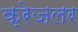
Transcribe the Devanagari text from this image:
क्रेजलर